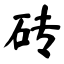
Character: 砖